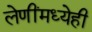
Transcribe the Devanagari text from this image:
लेणींमध्येही